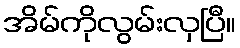
အိမ်ကိုလွမ်းလှပြီ။